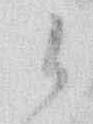
御